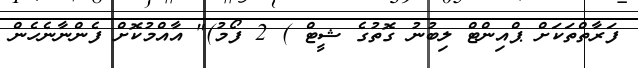
ފަރާތްތަކަށް ޕްއިންޓް ލިބުނު ގޮތުގެ ޝީޓް ) 2 ފޯމު)" އާއްމުކޮށް ފެންނާނެހެން